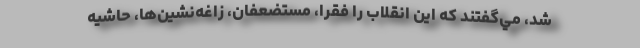
شد، مي‌گفتند كه اين انقلاب را فقرا، مستضعفان، زاغه‌نشين‌ها، حاشيه